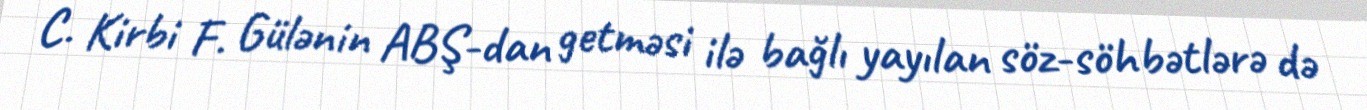
C. Kirbi F. Gülənin ABŞ-dan getməsi ilə bağlı yayılan söz-söhbətlərə də